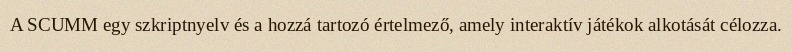
A SCUMM egy szkriptnyelv és a hozzá tartozó értelmező, amely interaktív játékok alkotását célozza.